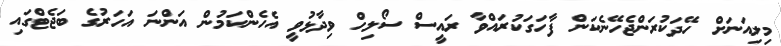
މިލިއަނަށް ހޭދަކުރަންޖެހޭނެކަން ފާހަގަކުރައްވާ ރައީސް ސޯލިހް ވިދާޅުވީ އެހެންކަމުން އަންނަ އަހަރުގެ ބަޖެޓްގައި